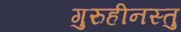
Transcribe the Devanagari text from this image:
गुरुहीनस्तु